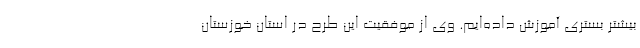
بیشتر بستری آموزش داده‌‌ایم. وی از موفقیت این طرح در استان خوزستان